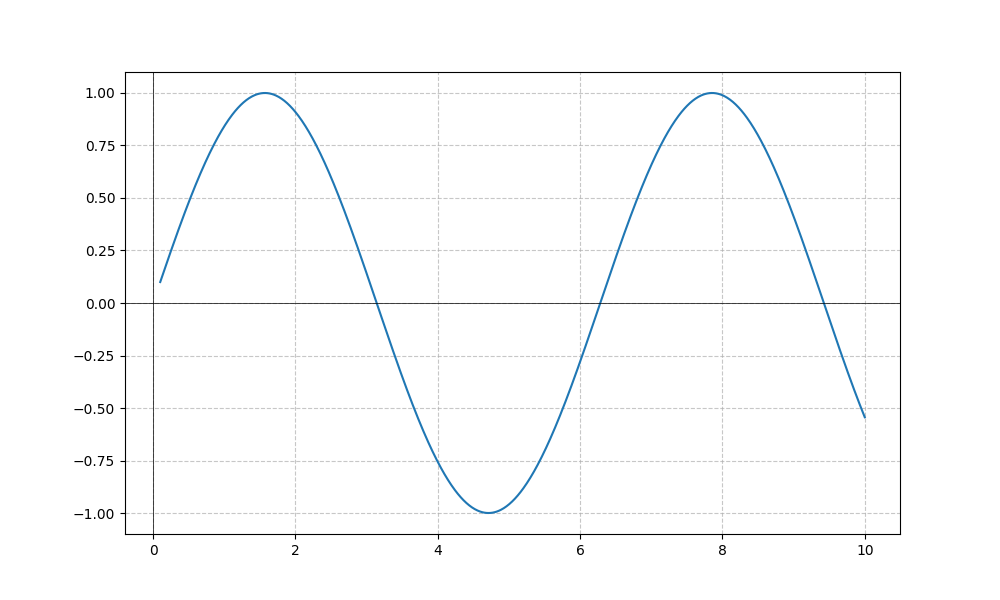
LaTeX formula: \cos{\left(x \right)} \tan{\left(x \right)}